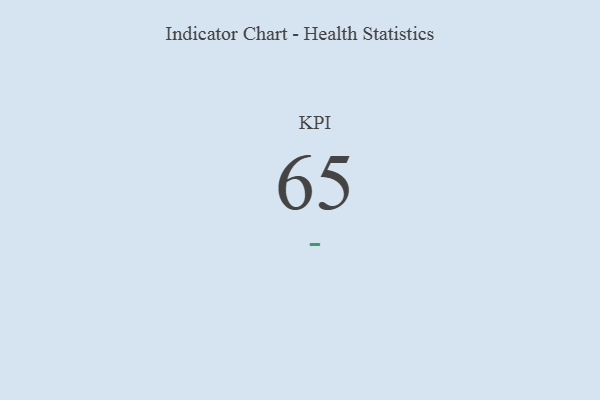
{"axis": {"x": "KPI", "y": "Value"}, "legend": [""], "data": [{"x": "KPI", "y": 65, "type": ""}]}